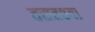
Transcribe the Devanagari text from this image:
तसतश्या